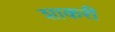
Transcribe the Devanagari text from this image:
शाकरी